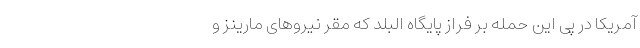
آمریکا در پی این حمله بر فراز پایگاه البلد که مقر نیروهای مارینز و